Indian journal of veterinary science and animal husbandry - Volumes 18-21, 1948-1951
Year: 1948
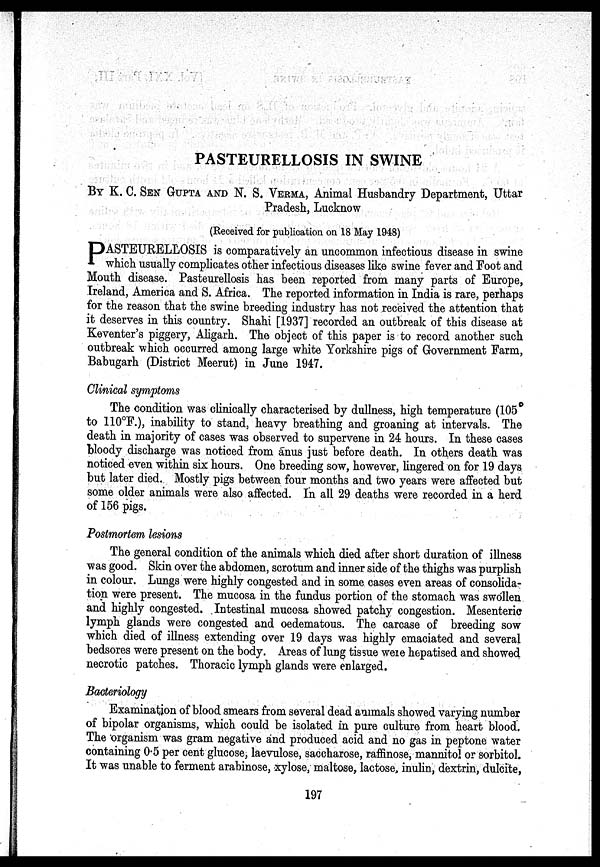
PASTEURELLOSIS IN SWINE
BY K. C. SEN GUPTA AND N. S. VERMA, Animal Husbandry Department, Uttar
Pradesh, Lucknow
(Received for publication on 18 May 1948)
P ASTEURELLOSIS is comparatively an uncommon infectious disease in swine
which usually complicates other infectious diseases like swine fever and Foot and
Mouth disease. Pasteurellosis has been reported from many parts of Europe,
Ireland, America and S. Africa. The reported information in India is rare, perhaps
for the reason that the swine breeding industry has not received the attention that
it deserves in this country. Shahi [1937] recorded an outbreak of this disease at
Keventer's piggery, Aligarh. The object of this paper is to record another such
outbreak which occurred among large white Yorkshire pigs of Government Farm,
Babugarh (District Meerut) in June 1947.
Clinical symptoms
The condition was clinically characterised by dullness, high temperature (105
to 110°F.), inability to stand, heavy breathing and groaning at intervals. The
death in majority of cases was observed to supervene in 24 hours. In these cases
bloody discharge was noticed from anus just before death. In others death was
noticed even within six hours. One breeding sow, however, lingered on for 19 days
but later died. Mostly pigs between four months and two years were affected but
some older animals were also affected. In all 29 deaths were recorded in a herd
of 156 pigs.
Postmortem lesions
The general condition of the animals which died after short duration of illness
was good. Skin over the abdomen, scrotum and inner side of the thighs was purplish
in colour. Lungs were highly congested and in some cases even areas of consolida-
tion were present. The mucosa in the fundus portion of the stomach was swollen
and highly congested. Intestinal mucosa showed patchy congestion. Mesenteric
lymph glands were congested and oedematous. The carcase of breeding sow
which died of illness extending over 19 days was highly emaciated and several
bedsores were present on the body. Areas of lung tissue were hepatised and showed
necrotic patches. Thoracic lymph glands were enlarged.
Bacteriology
Examination of blood smears from several dead animals showed varying number
of bipolar organisms, which could be isolated in pure culture from heart blood.
The organism was gram negative and produced acid and no gas in peptone water
containing 0.5 per cent glucose, laevulose, saccharose, raffinose, mannitol or sorbitol.
It was unable to ferment arabinose, xylose, maltose, lactose, inulin, dextrin, dulcite,
197